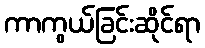
ကာကွယ်ခြင်းဆိုင်ရာ